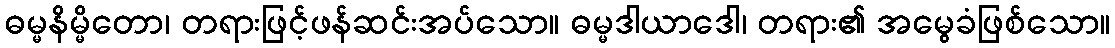
ဓမ္မနိမ္မိတော၊ တရားဖြင့်ဖန်ဆင်းအပ်သော။ ဓမ္မဒါယာဒေါ၊ တရား၏ အမွေခံဖြစ်သော။